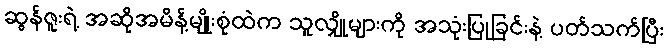
ဆွန်ဇူးရဲ့ အဆိုအမိန့်မျိုးစုံထဲက သူလျှိုများကို အသုံးပြုခြင်းနဲ့ ပတ်သက်ပြီး